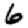
Digit: 6